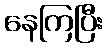
နေကြပြီး